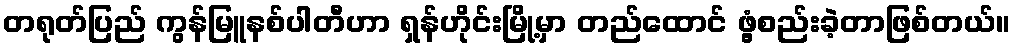
တရုတ်ပြည် ကွန်မြူနစ်ပါတီဟာ ရှန်ဟိုင်းမြို့မှာ တည်ထောင် ဖွံ့စည်းခဲ့တာဖြစ်တယ်။